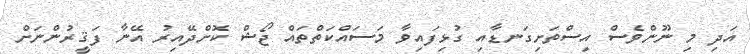
އަދި މި ނޫންވެސް އިސްތަށިގަނޑާއި ގުޅިފައިވާ މަސައްކަތްތައް ޖޯޝް ކޮށްދޭއިރު އޭނާ ފަޤީރުންނަށް